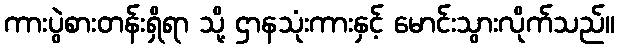
ကားပွဲစားတန်းရှိရာ သို့ ဌာနသုံးကားနှင့် မောင်းသွားလိုက်သည်။